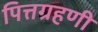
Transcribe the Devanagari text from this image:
पित्तग्रहणी